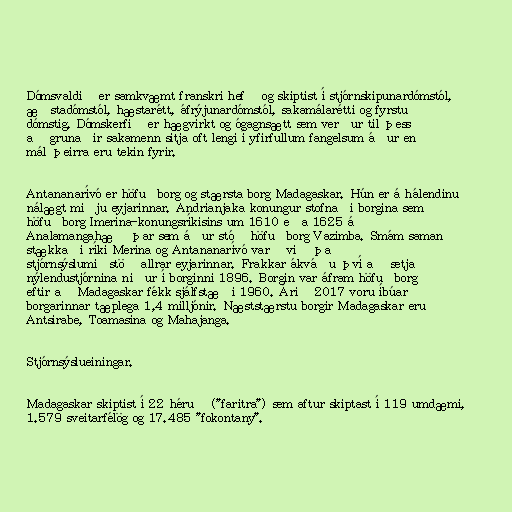
Dómsvaldið er samkvæmt franskri hefð og skiptist í stjórnskipunardómstól,
æðstadómstól, hæstarétt, áfrýjunardómstól, sakamálarétti og fyrstu
dómstig. Dómskerfið er hægvirkt og ógagnsætt sem verður til þess
að grunaðir sakamenn sitja oft lengi í yfirfullum fangelsum áður en
mál þeirra eru tekin fyrir.

Antananarívó er höfuðborg og stærsta borg Madagaskar. Hún er á hálendinu
nálægt miðju eyjarinnar. Andrianjaka konungur stofnaði borgina sem
höfuðborg Imerina-konungsríkisins um 1610 eða 1625 á
Analamangahæð þar sem áður stóð höfuðborg Vazimba. Smám saman
stækkaði ríki Merina og Antananarívó varð við það
stjórnsýslumiðstöð allrar eyjarinnar. Frakkar ákváðu því að setja
nýlendustjórnina niður í borginni 1896. Borgin var áfram höfuðborg
eftir að Madagaskar fékk sjálfstæði 1960. Árið 2017 voru íbúar
borgarinnar tæplega 1,4 milljónir. Næststærstu borgir Madagaskar eru
Antsirabe, Toamasina og Mahajanga.

Stjórnsýslueiningar.

Madagaskar skiptist í 22 héruð ("faritra") sem aftur skiptast í 119 umdæmi,
1.579 sveitarfélög og 17.485 "fokontany".